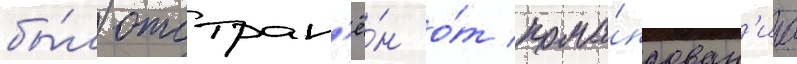
бы́л отстран'ё́н о́т кома́ндован'иа